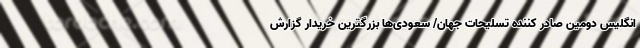
انگلیس دومین صادر کننده تسلیحات جهان/ سعودی‌ها بزرگترین خریدار گزارش